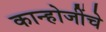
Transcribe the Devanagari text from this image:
कान्होजींचे